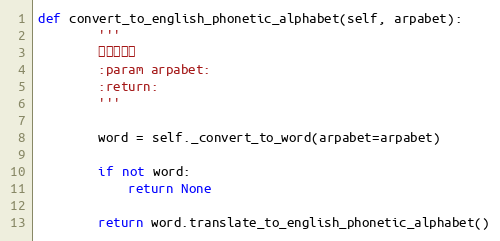
Language: Python
def convert_to_english_phonetic_alphabet(self, arpabet):
        '''
        转换成英音
        :param arpabet:
        :return:
        '''

        word = self._convert_to_word(arpabet=arpabet)

        if not word:
            return None

        return word.translate_to_english_phonetic_alphabet()